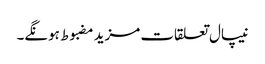
نیپال تعلقات مزید مضبوط ہونگے۔